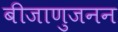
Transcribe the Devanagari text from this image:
बीजाणुजनन